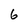
Character: 6